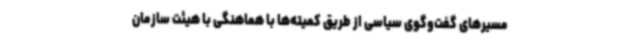
مسیرهای گفت‌وگوی سیاسی از طریق کمیته‌ها با هماهنگی با هیئت سازمان